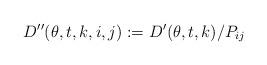
LaTeX: \begin{align*}D''(\theta,t,k,i,j):=D'(\theta ,t,k)/P_{ij}\,\end{align*}